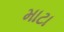
માટા